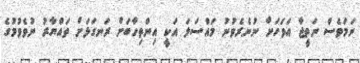
ނަމަވެސް ނަތީޖާ އަވަހަށް ނުނެރެވުނު މައްސަލަ އަކީ އިންތިހާބަށް ރަނގަޅަށް ތައްޔާރު ނުވެވުމުގެ